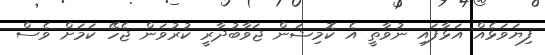
ފިޔަވަޅެއް އަޅާފައި ނުވާތީ އެ ކޮމިޝަން ޖަވާބުދާރީ ކުރުވަން ޖެހޭ ކަމަށް ވެސް